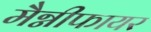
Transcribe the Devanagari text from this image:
मैग्नीफायर